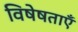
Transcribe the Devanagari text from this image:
विषेषताएँ